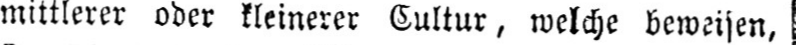
mittlerer ober kleinerer Cultur, welche beweisen,